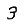
Digit: 3